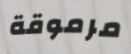
مرموقة